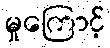
မှုကြောင့်